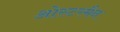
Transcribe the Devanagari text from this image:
ओस्टरमैन